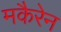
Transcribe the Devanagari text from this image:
मकैरेन